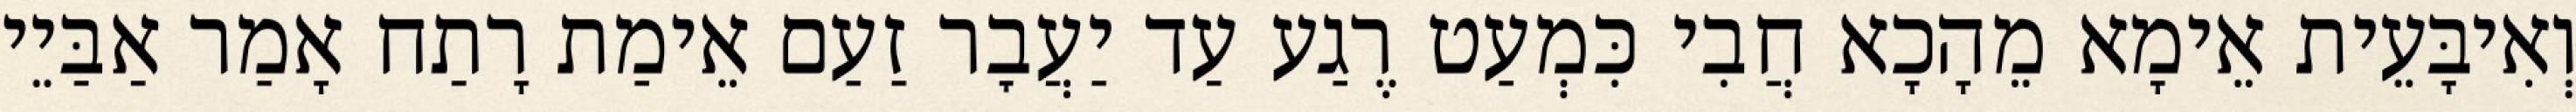
וְאִיבָּעֵית אֵימָא מֵהָכָא חֲבִי כִּמְעַט רֶגַע עַד יַעֲבׇר זַעַם אֵימַת רָתַח אָמַר אַבַּיֵי